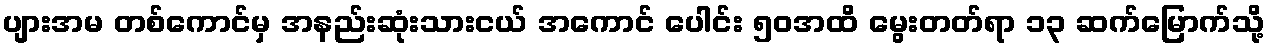
ပျားအမ တစ်ကောင်မှ အနည်းဆုံးသားငယ် အကောင် ပေါင်း ၅၀အထိ မွေးတတ်ရာ ၁၃ ဆက်မြောက်သို့